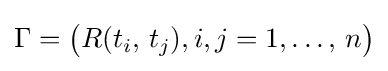
\Gamma ={\bigl (}R(t_{i},\,t_{j}),i,j=1,\ldots ,\,n{\bigr )}